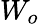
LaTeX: W_{o}